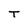
Character: T